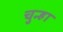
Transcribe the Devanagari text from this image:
चुन्हा